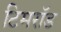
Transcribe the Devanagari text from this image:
टिमरॉड